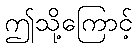
ဤသို့ကြောင့်